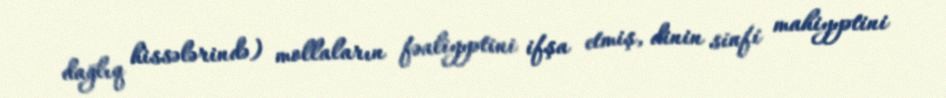
dağlıq hissələrində) mollaların fəaliyyətini ifşa etmiş, dinin sinfi mahiyyətini